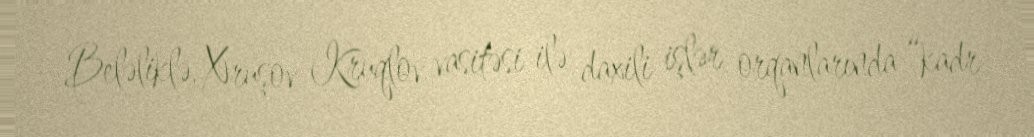
Beləliklə, Xruşov Kruqlov vasitəsi ilə daxili işlər orqanlarında “kadr